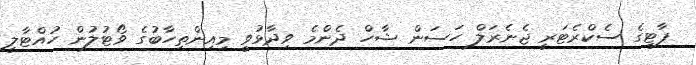
ޕާޓީގެ ސެކްރެޓަރީ ޖެނެރަލް ހަސަން ޝާހް ދެންމެ ވިދާޅުވީ މިއިންތިހާބުގެ ވޯޓުލުން ހުއްޓާލީ